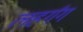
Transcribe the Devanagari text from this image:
लहर्गंग